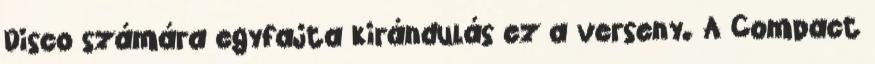
Disco számára egyfajta kirándulás ez a verseny. A Compact